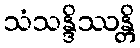
သံသန္ဒိဿန္တိ